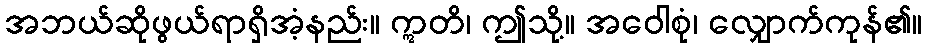
အဘယ်ဆိုဖွယ်ရာရှိအံ့နည်း။ ဣတိ၊ ဤသို့။ အဝေါစုံ၊ လျှောက်ကုန်၏။